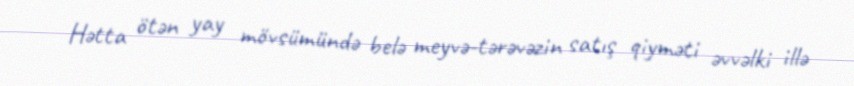
Hətta ötən yay mövsümündə belə meyvə-tərəvəzin satış qiyməti əvvəlki illə